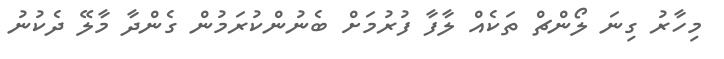
މިހާރު ގިނަ ލޯންޗް ތަކެއް ލާފާ ފުރުމަށް ބެނުންކުރަމުން ގެންދާ މާލޭ ދެކުނު